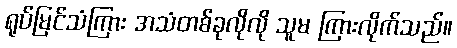
ရုပ်မြင်သံကြား အသံတစ်ခုလိုလို သူမ ကြားလိုက်သည်။